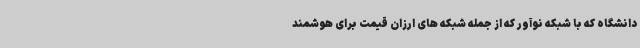
دانشگاه که با شبکه نوآور که از جمله شبکه های ارزان قیمت برای هوشمند